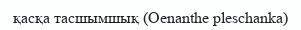
қасқа тасшымшық (Oenanthe pleschanka)